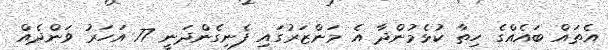
އެތައް ބައެއްގެ ހިތާ ކުޅެމުންދާ އެ މަންޒަރުގައި ފެނިގެންދަނީ 77 އަހަރު ވަންދެއް